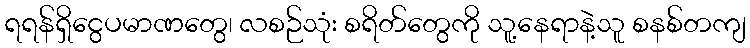
ရရန်ရှိငွေပမာဏတွေ၊ လစဉ်သုံး စရိတ်တွေကို သူ့နေရာနဲ့သူ စနစ်တကျ